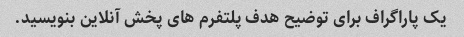
یک پاراگراف برای توضیح هدف پلتفرم های پخش آنلاین بنویسید.